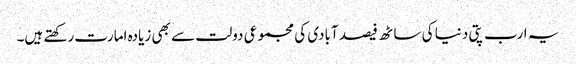
یہ ارب پتی دنیا کی ساٹھ فیصد آبادی کی مجموعی دولت سے بھی زیادہ امارت رکھتے ہیں۔